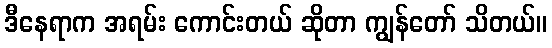
ဒီနေရာက အရမ်း ကောင်းတယ် ဆိုတာ ကျွန်တော် သိတယ်။